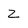
Character: Z